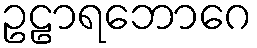
ဥဠာရဘောဂေ